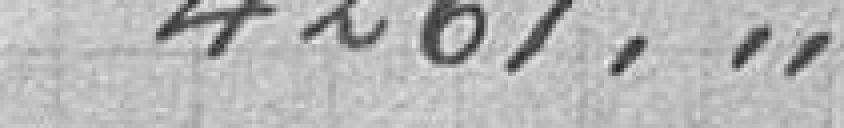
4261,"